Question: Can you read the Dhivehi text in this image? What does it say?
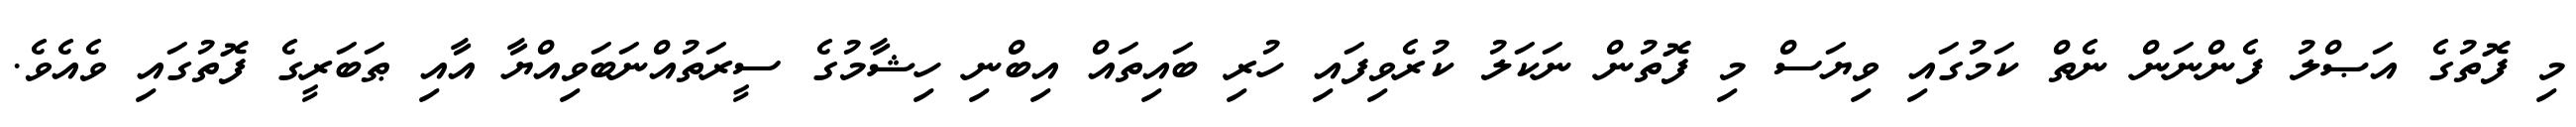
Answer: މި ފޮތުގެ އަޞްލު ފެންނަން ނެތް ކަމުގައި ވިޔަސް މި ފޮތުން ނަކަލު ކުރެވިފައި ހުރި ބައިތައް އިބްނި ހިޝާމުގެ ސީރަތުއްނަބަވިއްޔާ އާއި ޠަބަރީގެ ފޮތުގައި ވެއެވެ.